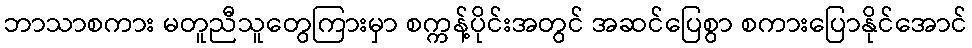
ဘာသာစကား မတူညီသူတွေကြားမှာ စက္ကန့်ပိုင်းအတွင် အဆင်ပြေစွာ စကားပြောနိုင်အောင်